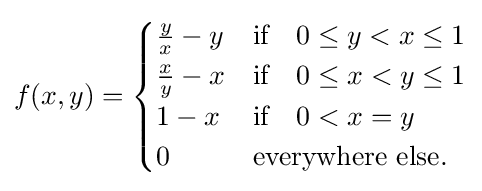
f(x,y)={\begin{cases}{\frac {y}{x}}-y&{\text{if}}\quad 0\leq y<x\leq 1\\{\frac {x}{y}}-x&{\text{if}}\quad 0\leq x<y\leq 1\\1-x&{\text{if}}\quad 0<x=y\\0&{\text{everywhere else}}.\end{cases}}